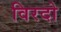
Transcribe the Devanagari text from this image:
विरदो